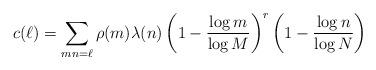
LaTeX: \begin{align*} c(\ell)=\sum_{mn=\ell} \rho(m)\lambda(n)\left(1-\frac{\log{m}}{\log{M}}\right)^{r}\left(1-\frac{\log{n}}{\log{N}}\right)\end{align*}